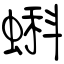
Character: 蝌